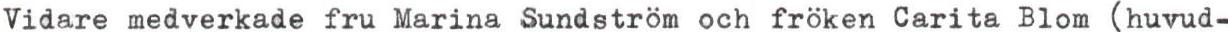
Vidare medverkade fru Marina Sundström och fröken Carita Blom (huvud-